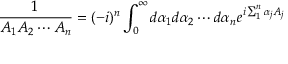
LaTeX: \frac { 1 } { A _ { 1 } A _ { 2 } \cdots A _ { n } } = ( - i ) ^ { n } \int _ { 0 } ^ { \infty } d \alpha _ { 1 } d \alpha _ { 2 } \cdots d \alpha _ { n } e ^ { i \sum _ { 1 } ^ { n } \alpha _ { j } A _ { j } }